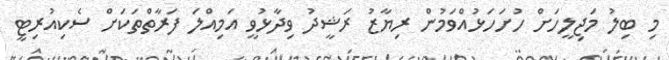
މި ބިލު މަޖިލީހަށް ހުށަހަޅުއްވަމުން ރިޔާޒު ރަޝީދު ވިދާޅުވީ އަމިއްލަ ފަރާތްތަކަށް ސެކިއުރިޓީ